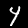
Digit: 4